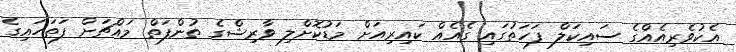
އެކުވެރިއެއްގެ ސައިކަލް ފަހަތުގައި ގެއެއް ކައިރިއަށް މަޑުކޮށްލި ވާރިޝްގެ ތުންފަތް މައްޗަށް ފަތަހައިގެ